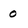
Character: 0